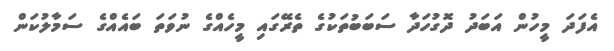
އެފަދަ މީހުން އަބަދު ދޮގުހަދާ ސަބަބުތަކުގެ ތެރޭގައި މީހެއްގެ ނުވަތަ ބައެއްގެ ސަމާލުކަން